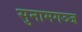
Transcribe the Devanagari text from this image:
सुनामगञ्ज